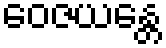
ဝေဇယန္တေ